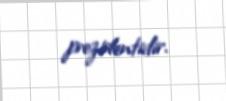
prezidentidir.